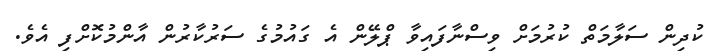
ކުދިން ސަލާމަތް ކުރުމަށް ވިސްނާފައިވާ ޕްލޭން އެ ގައުމުގެ ސަރުކާރުން އާންމުކޮށްފި އެވެ.